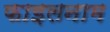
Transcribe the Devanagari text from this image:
फाइलनाम